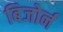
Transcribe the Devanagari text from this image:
बिजोर्न